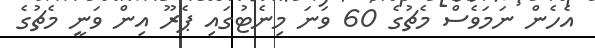
އެހެން ނަމަވެސް މެޗުގެ 60 ވަނަ މިނެޓުގައި ޕެރޫ އިން ވަނީ މެޗުގެ